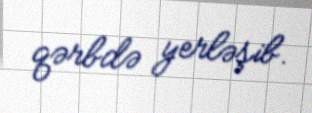
qərbdə yerləşib.